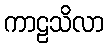
ကာဠသိလာ